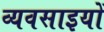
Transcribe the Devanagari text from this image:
व्यवसाइयों